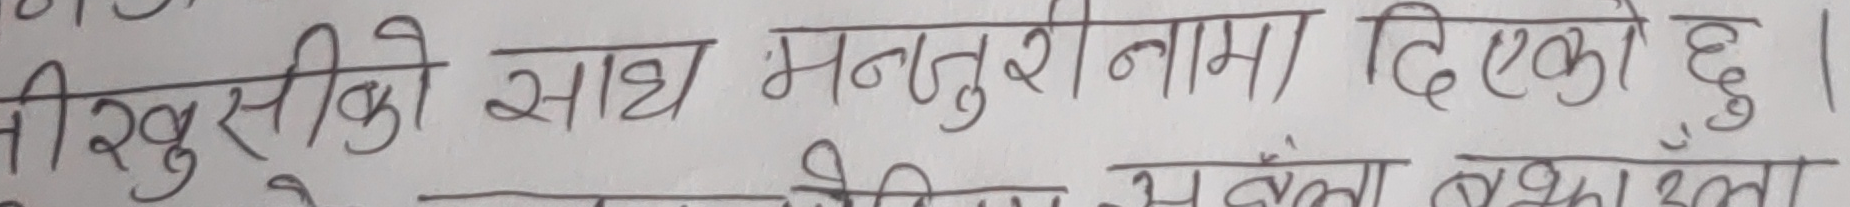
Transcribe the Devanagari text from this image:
खुसीको साध मनतुरीनामा दिएको छु।